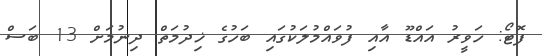
ފޮޓޯ: ހަވީރު އައްޑޫ އާއި ފުވައްމުލަކުގައި ބަހުގެ ޚިދުމަތް ދިނުމަށް 13 ބަސް